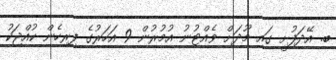
ބ. އޭދަފުށީ ގައި މޫދަށް ވެއްޓުނު އުމުރުން 9 އަހަރުގެ ފިރިހެން ކުއްޖަކު